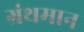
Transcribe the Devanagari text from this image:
ग्रंथमान